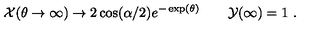
{ \cal X } ( \theta \to \infty ) \to 2 \cos ( \alpha / 2 ) e ^ { - \exp ( \theta ) } \qquad { \cal Y } ( \infty ) = 1 \ .